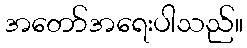
အတော်အရေးပါသည်။